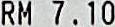
RM 7.10